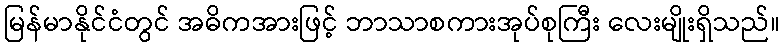
မြန်မာနိုင်ငံတွင် အဓိကအားဖြင့် ဘာသာစကားအုပ်စုကြီး လေးမျိုးရှိသည်။